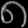
Digit: ၈